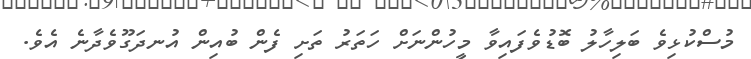
މުސްކުޅިވެ ބަލިހާލު ބޮޑުވެފައިވާ މީހުންނަށް ހަތަރު ތަށި ފެން ބުއިން އުނދަގޫވެދާނެ އެވެ.